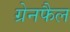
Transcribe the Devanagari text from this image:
ग्रेनफैल